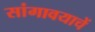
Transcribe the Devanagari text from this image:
सांगावयाचें